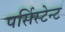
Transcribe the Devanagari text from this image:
पर्सिस्टेन्ट